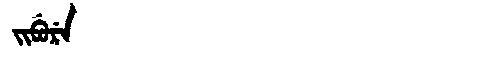
Manchu: ᠵᡳᠪᡠᡵᡝ
Romanization: JIBURE